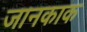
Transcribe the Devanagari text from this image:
जानकाक